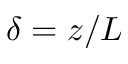
\delta = z / L